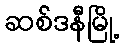
ဆစ်ဒနီမြို့